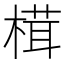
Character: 榵